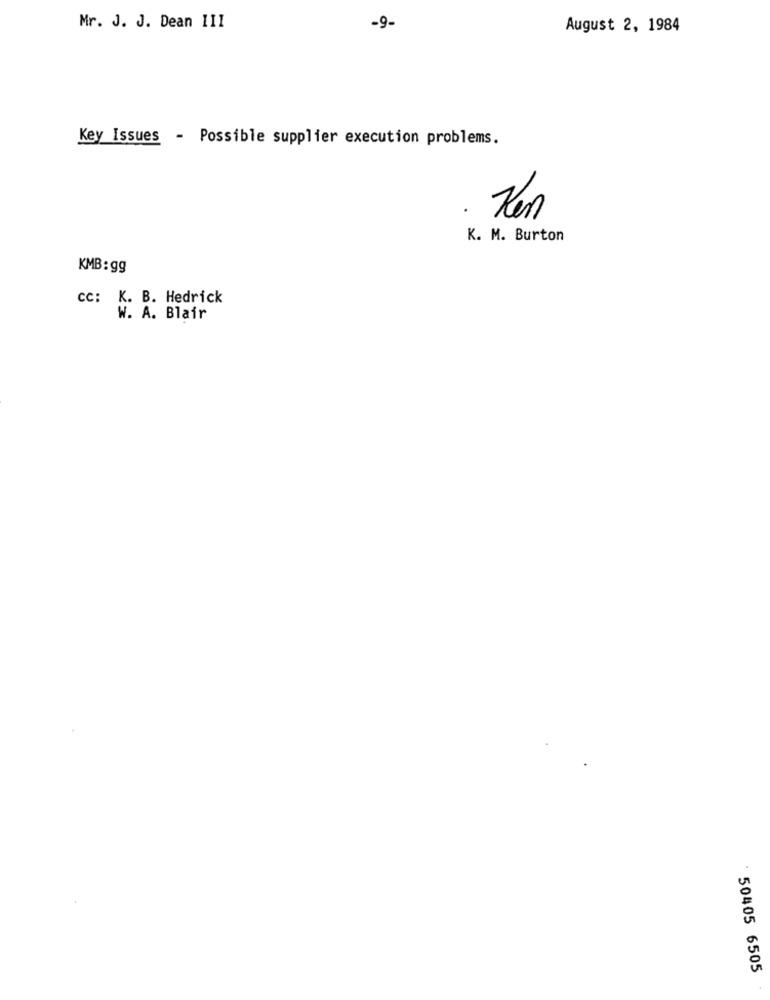
Mr. J. J. Dean III
-9-
August 2, 1984
Key Issues - Possible supplier execution problems.
.
K. M. Burton
KMB: gg
cc: K. B. Hedrick
W. A. Blair
50405 6505